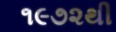
૧૯૭૨થી